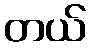
တယ်